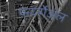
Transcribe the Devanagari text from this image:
फर्य्न्गेअल